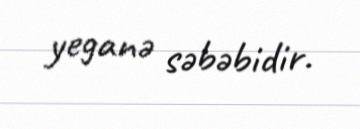
yeganə səbəbidir.